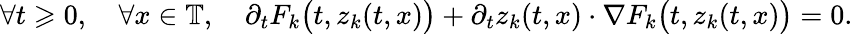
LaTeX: \forall t\geqslant 0,\quad\forall x\in\mathbb{T},\quad\partial_{t}F_{k}\big(t,z_{k}(t,x)\big)+\partial_{t}z_{k}(t,x)\cdot\nabla F_{k}\big(t,z_{k}(t,x)\big)=0.